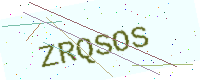
Text: ZRQSOS